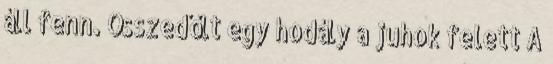
áll fenn. Összedőlt egy hodály a juhok felett A